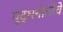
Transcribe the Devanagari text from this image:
युद्धनीतीचे